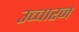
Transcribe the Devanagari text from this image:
उच्चारन